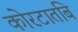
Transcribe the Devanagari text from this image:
कोरटातबि